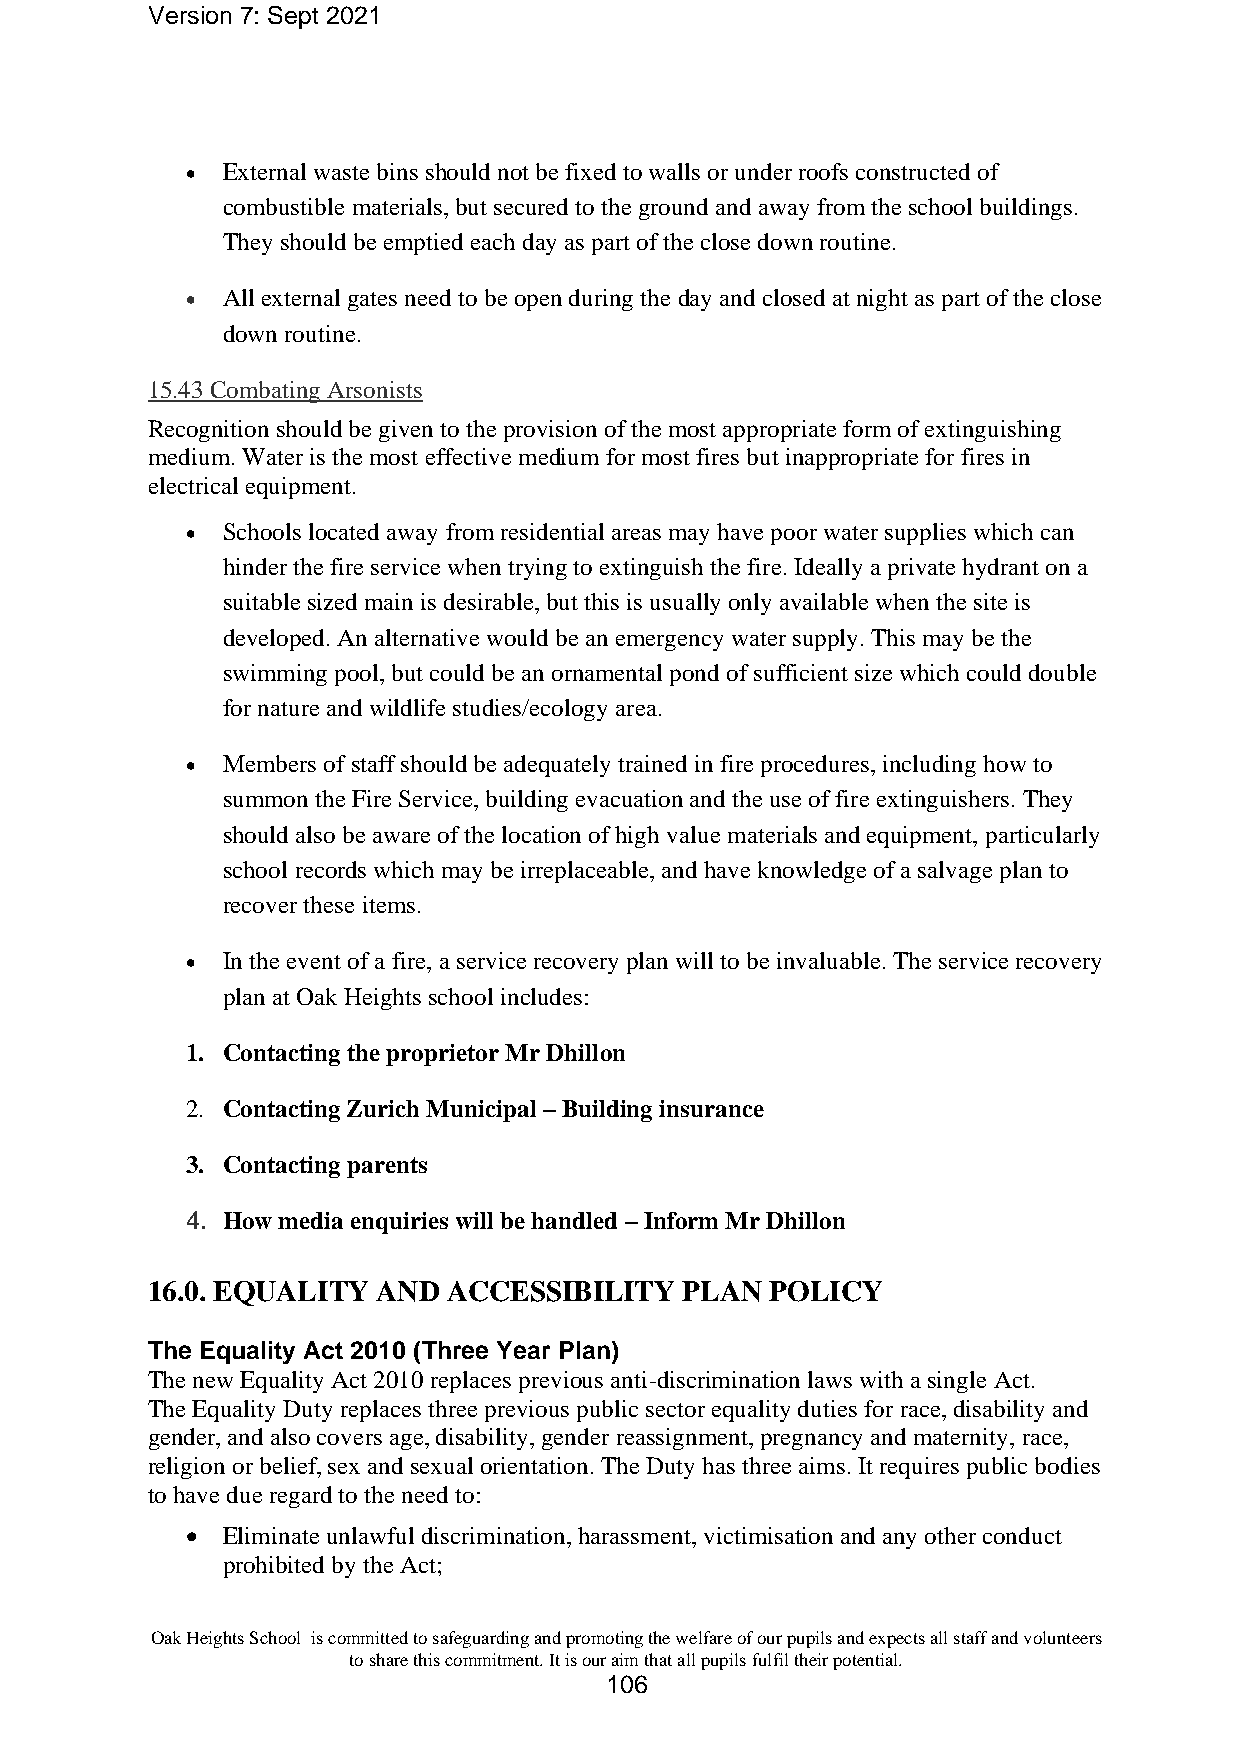
Version 7: Sept 2021
 •  External waste bins should not be fixed to walls or under roofs constructed of
 combustible materials, but secured to the ground and away from the school buildings.
 They should be emptied each day as part of the close down routine.
 •  All external gates need to be open during the day and closed at night as part of the close
 down routine.
 15.43 Combating Arsonists
 Recognition should be given to the provision of the most appropriate form of extinguishing
 medium. Water is the most effective medium for most fires but inappropriate for fires in
 electrical equipment.
 •  Schools located away from residential areas may have poor water supplies which can
 hinder the fire service when trying to extinguish the fire. Ideally a private hydrant on a
 suitable sized main is desirable, but this is usually only available when the site is
 developed. An alternative would be an emergency water supply. This may be the
 swimming pool, but could be an ornamental pond of sufficient size which could double
 for nature and wildlife studies/ecology area.
 •  Members of staff should be adequately trained in fire procedures, including how to
 summon the Fire Service, building evacuation and the use of fire extinguishers. They
 should also be aware of the location of high value materials and equipment, particularly
 school records which may be irreplaceable, and have knowledge of a salvage plan to
 recover these items.
 •  In the event of a fire, a service recovery plan will to be invaluable. The service recovery
 plan at Oak Heights school includes:
 1. Contacting the proprietor Mr Dhillon
 2. Contacting Zurich Municipal – Building insurance
 3. Contacting parents
 4. How media enquiries will be handled – Inform Mr Dhillon
 16.0. EQUALITY AND  ACCESSIBILITY  PLAN  POLICY
 The Equality Act 2010 (Three Year Plan)
 The new Equality Act 2010 replaces previous anti-discrimination laws with a single Act.
 The Equality Duty replaces three previous public sector equality duties for race, disability and
 gender, and also covers age, disability, gender reassignment, pregnancy and maternity, race,
 religion or belief, sex and sexual orientation. The Duty has three aims. It requires public bodies
 to have due regard to the need to:
 •  Eliminate unlawful discrimination, harassment, victimisation and any other conduct
 prohibited by the Act;
 Oak Heights School is committed to safeguarding and promoting the welfare of our pupils and expects all staff and volunteers
 to share this commitment. It is our aim that all pupils fulfil their potential.
 106